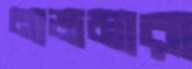
নাজমারা